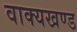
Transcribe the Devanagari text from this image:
वाक्यखण्ड